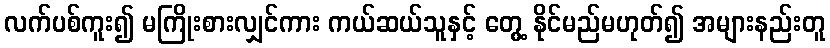
လက်ပစ်ကူး၍ မကြိုးစားလျှင်ကား ကယ်ဆယ်သူနှင့် တွေ့ နိုင်မည်မဟုတ်၍ အများနည်းတူ